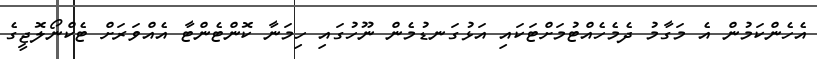
އެހެންކަމުން އެ މަގާމު ދެމެހެއްޓުމަށްޓަކައި އަޅުގަނޑުމެން ނޫހުގައި ހިމަނާ ކޮންޓެންޓާ އެއްވަރަށް ޓެކްނޯލޮޖީގެ